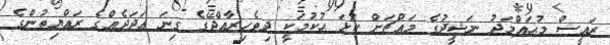
ރައީސް މުޙައްމަދު ނަޝީދުގެ މައްޗަށް ކުޅަ ޙުކުމަކީ ދިވެހިރާއްޖޭގެ ގިނަ ޢަދަދެއްގެ ރައްޔިތުންގެ